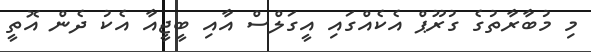
މި މުބާރާތުގެ ގުރޫޕް އެކެއްގައި އީގަލްސް އާއި ބީޖީއާ އެކު ދެން އޮތީ